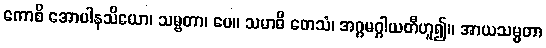
ကောစိ အောပါနသိယော၊ သမ္ဗတာ၊ ပေ။ သမာဓိ တေသံ၊ အဂ္ဂမဂ္ဂါယတီဟူ၍။ အာယသမ္မတာ